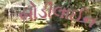
બોડીલાઈન